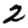
Digit: 2